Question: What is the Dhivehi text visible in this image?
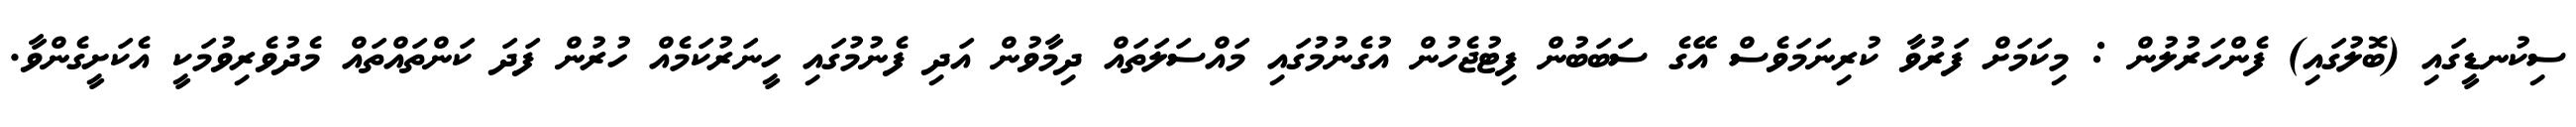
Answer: ސިކުނޑީގައި (ބޮލުގައި) ފެންހަރުލުން : މިކަމަށް ފަރުވާ ކުރިނަމަވެސް އޭގެ ސަބަބުން ފިޓުޖެހުން އުގެނުމުގައި މައްސަލަތައް ދިމާވުން އަދި ފެނުމުގައި ހީނަރުކަމެއް ހުރުން ފަދަ ކަންތައްތައް މެދުވެރިވުމަކީ އެކަށީގެންވާ.